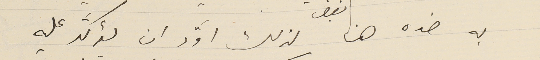
به ضده هنا لذلك أوَّد ان يؤكَّد عليه